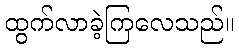
ထွက်လာခဲ့ကြလေသည်။